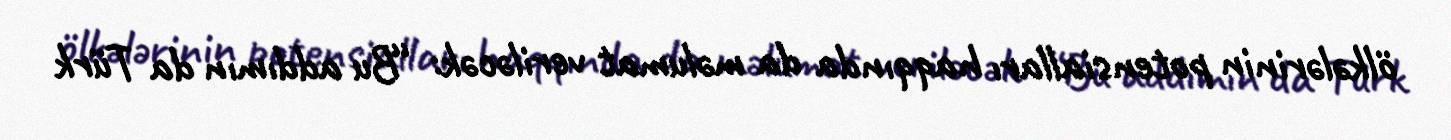
ölkələrinin potensialları haqqında da məlumat veriləcək: “Bu addımın da Türk